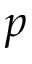
p